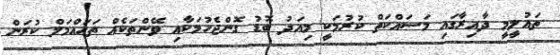
ތައުލީމީ ދާއިރާގައި މަސައްކަތް ކުރުމަކީ މިއަދު ބޮޑު ގޮންޖެހުމަކާއި ވޭންތަކެއް ތަހައްމަލް ކުރަން